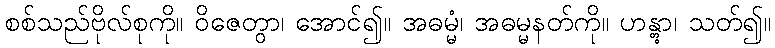
စစ်သည်ဗိုလ်စုကို။ ဝိဇေတွာ၊ အောင်၍။ အဓမ္မံ၊ အဓမ္မနတ်ကို။ ဟန္တွာ၊ သတ်၍။